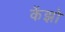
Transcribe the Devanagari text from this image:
केंझो